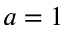
a = 1